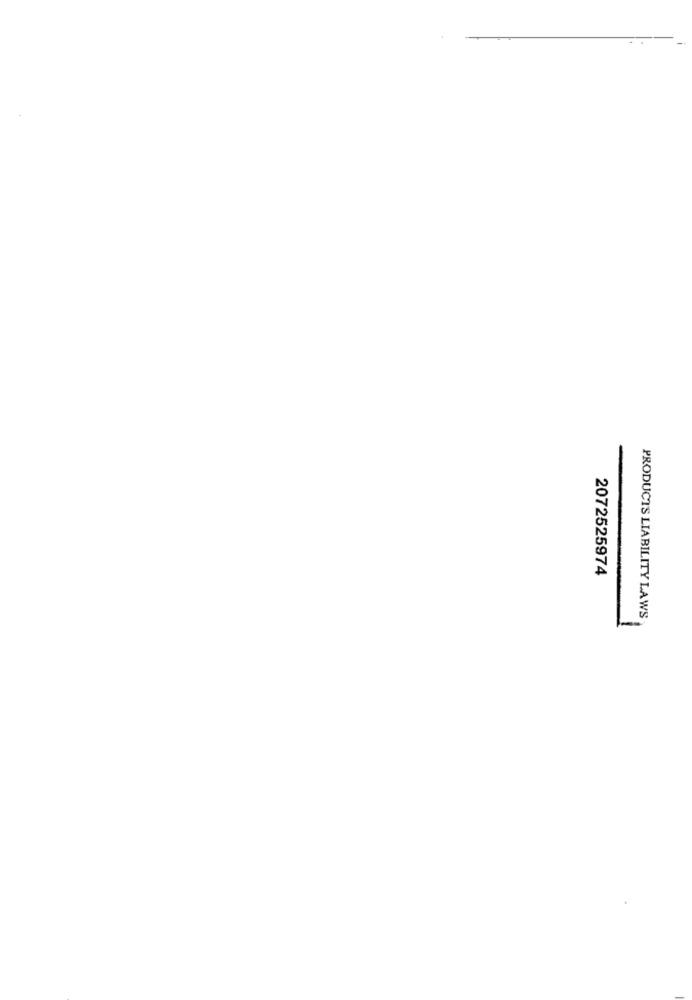
2072525974
PRODUCTS LIABILITY LAWS